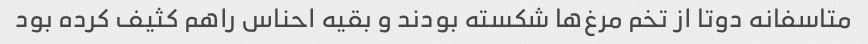
متاسفانه دوتا از تخم مرغ‌ها شکسته بودند و بقیه احناس راهم کثیف کرده بود